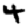
Digit: 4